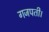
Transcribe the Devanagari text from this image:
गजपती।